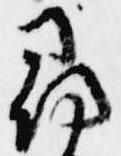
尋